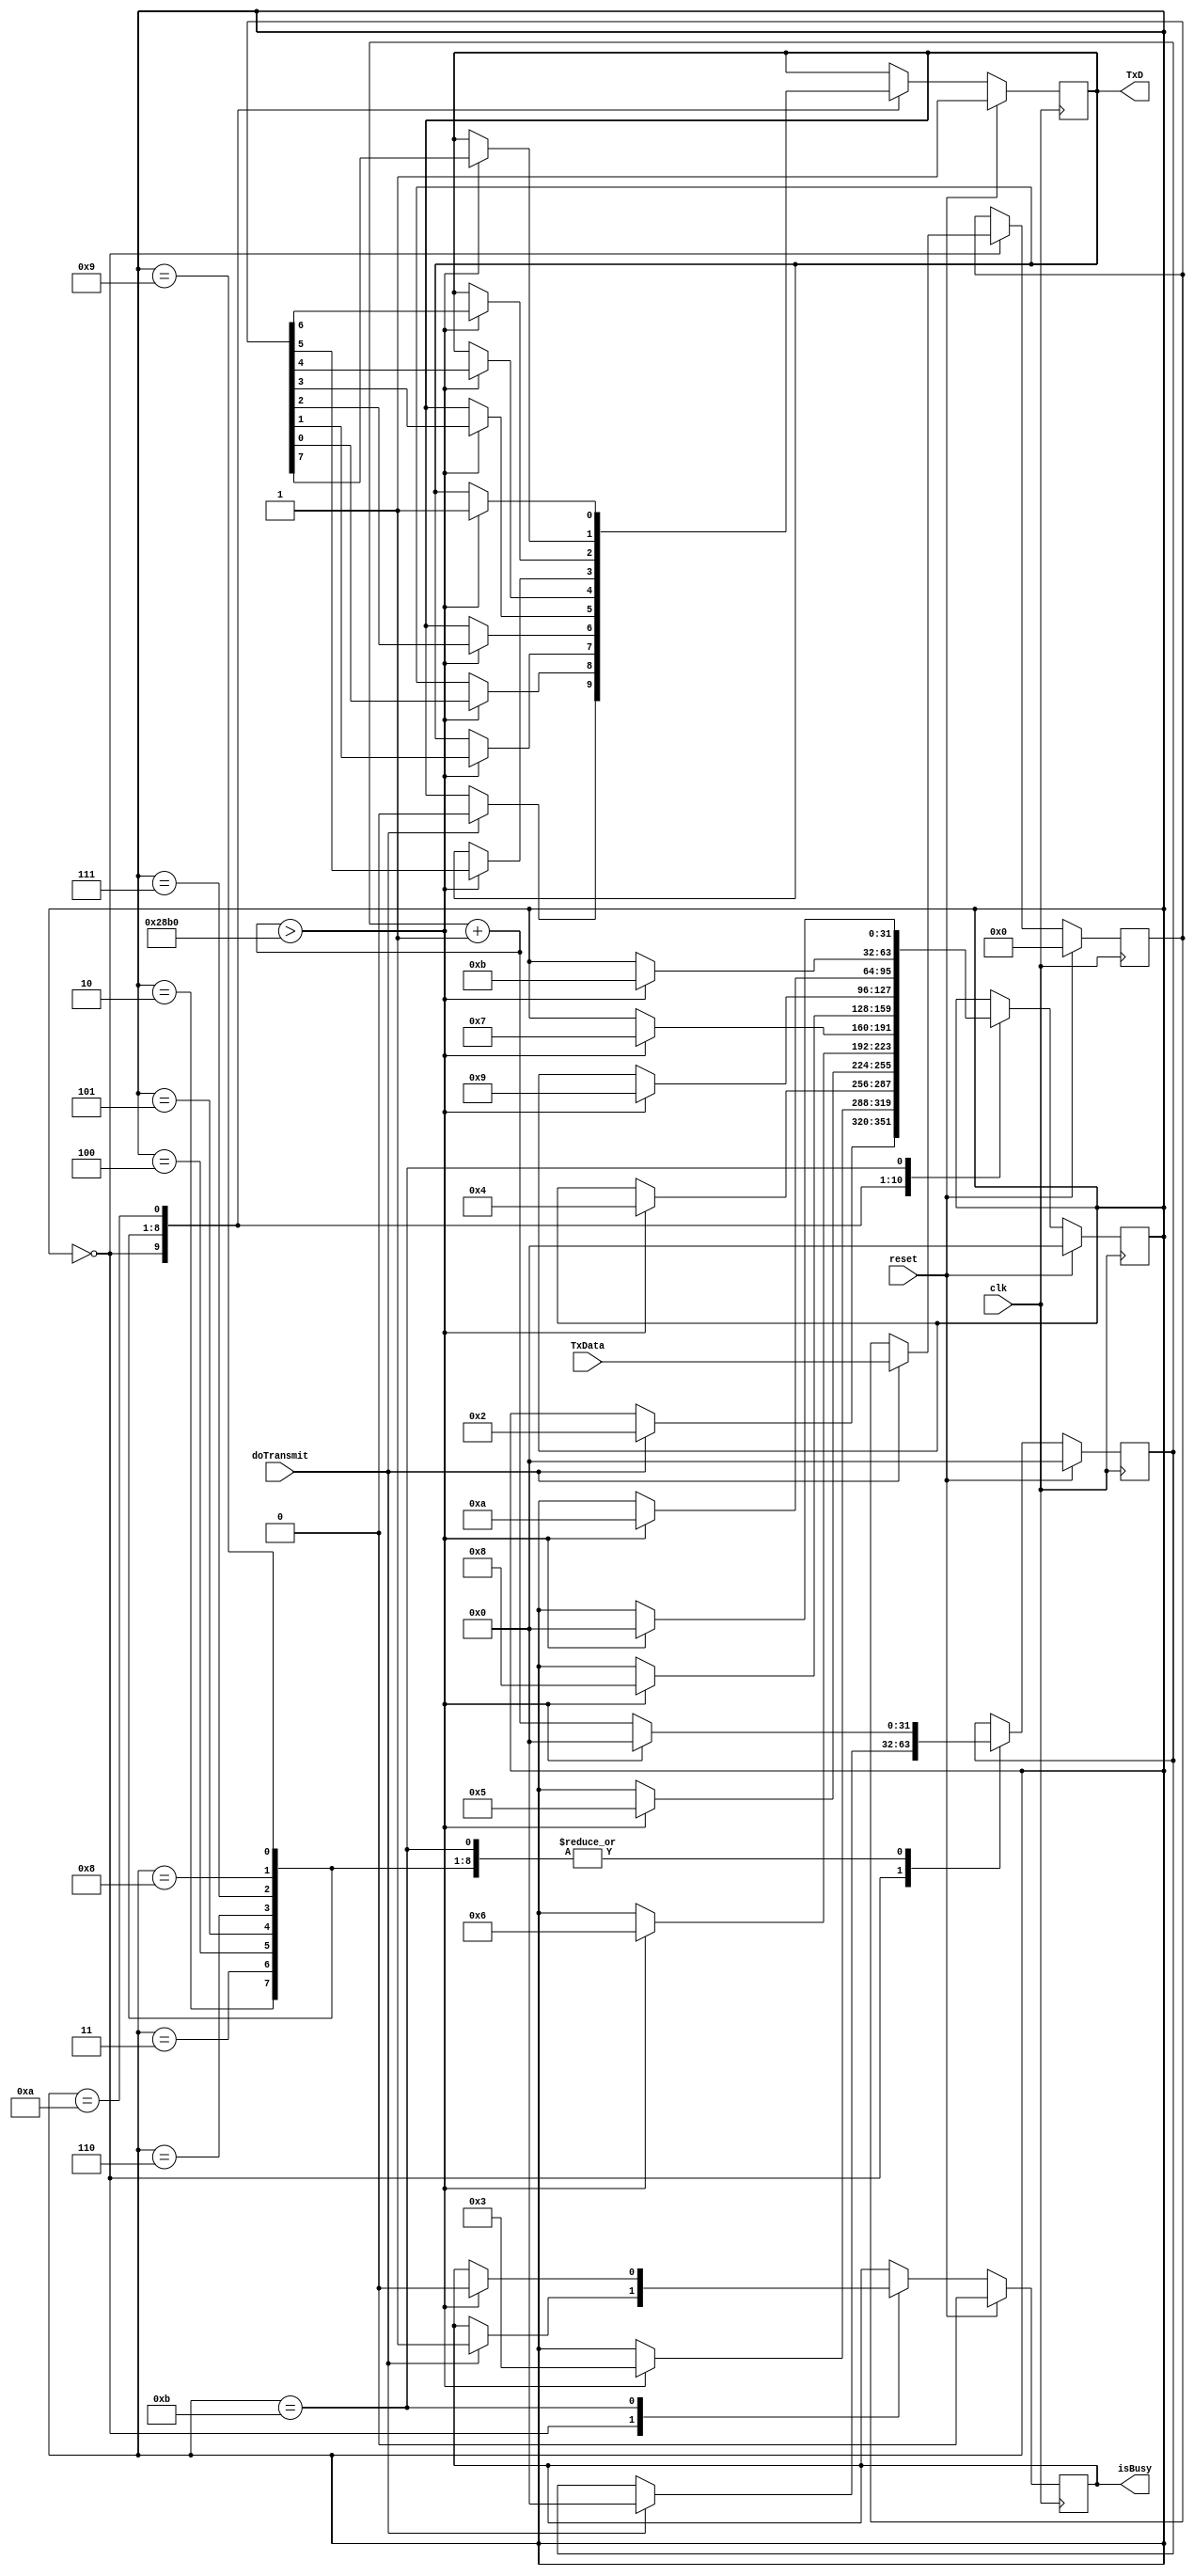
`timescale 1ns / 1ps

module Sender (
  clk, 
  reset,
  TxD,
  doTransmit,
  TxData,
  isBusy
);

  input clk;
  input reset;
  output reg TxD;
  input doTransmit;
  input [7:0] TxData;
  output reg isBusy;

  reg [31:0] state;
  reg [31:0] sequenceCounter;
  reg [7:0] data;

  parameter W5Frequency = 100_000_000;
  parameter baudRate = 9600;
  parameter samplingInterval = W5Frequency / baudRate;
  parameter halfSamplingInterval = samplingInterval / 2;

  always @(posedge clk) begin
    if (reset) begin
      state = 0;
      data = 0;
      sequenceCounter = 0;
      TxD = 1;
      isBusy = 0;
   end 
   else begin
      case (state)
        0: begin
          if (doTransmit == 1) begin
            state = 2;
            data = TxData;
            isBusy = 1;
            sequenceCounter = 0;
            TxD = 0; // this is start bit
          end
        end
        2: begin
          // first bit
          sequenceCounter = sequenceCounter + 1;
          if (sequenceCounter > samplingInterval) begin
            sequenceCounter = 0;
            state = 3;
            TxD = data[0];
          end 
          else begin
            // do nothing
          end
        end
        3: begin
          // second bit
          sequenceCounter = sequenceCounter + 1;
          if (sequenceCounter > samplingInterval) begin
            sequenceCounter = 0;
            state = 4;
            TxD = data[1];
          end 
          else begin
            // do nothing
          end
        end
        4: begin
          // thrid bit
          sequenceCounter = sequenceCounter + 1;
          if (sequenceCounter > samplingInterval) begin
            sequenceCounter = 0;
            state = 5;
            TxD = data[2];
          end 
          else begin
            // do nothing
          end
        end
        5: begin
          // fourth bit
          sequenceCounter = sequenceCounter + 1;
          if (sequenceCounter > samplingInterval) begin
            sequenceCounter = 0;
            state = 6;
            TxD = data[3];
          end 
          else begin
            // do nothing
          end
        end
        6: begin
          // fifth bit
          sequenceCounter = sequenceCounter + 1;
          if (sequenceCounter > samplingInterval) begin
            sequenceCounter = 0;
            state = 7;
            TxD = data[4];
          end 
          else begin
            // do nothing
          end
        end
        7: begin
          // sixth bit
          sequenceCounter = sequenceCounter + 1;
          if (sequenceCounter > samplingInterval) begin
            sequenceCounter = 0;
            state = 8;
            TxD = data[5];
          end 
          else begin
            // do nothing
          end
        end
        8: begin
          // seventh bit
          sequenceCounter = sequenceCounter + 1;
          if (sequenceCounter > samplingInterval) begin
            sequenceCounter = 0;
            state = 9;
            TxD = data[6];
          end 
          else begin
            // do nothing
          end
        end
        9: begin
          // eight bit
          sequenceCounter = sequenceCounter + 1;
          if (sequenceCounter > samplingInterval) begin
            sequenceCounter = 0;
            state = 10;
            TxD = data[7];
          end 
          else begin
            // do nothing
          end
        end
        10: begin
          // end bit
          sequenceCounter = sequenceCounter + 1;
          if (sequenceCounter > samplingInterval) begin
            sequenceCounter = 0;
            state = 11;
            TxD = 1; // this is end bit
          end 
          else begin
            // do nothing
          end
        end
        11: begin
          // reset
          sequenceCounter = sequenceCounter + 1;
          if (sequenceCounter > samplingInterval) begin
            sequenceCounter = 0;
            state = 0;
            isBusy = 0;
          end 
          else begin
            // do nothing
          end
        end
        default: begin
          //
        end
      endcase
    end
  end

endmodule